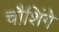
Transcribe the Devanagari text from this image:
चौशिंगे